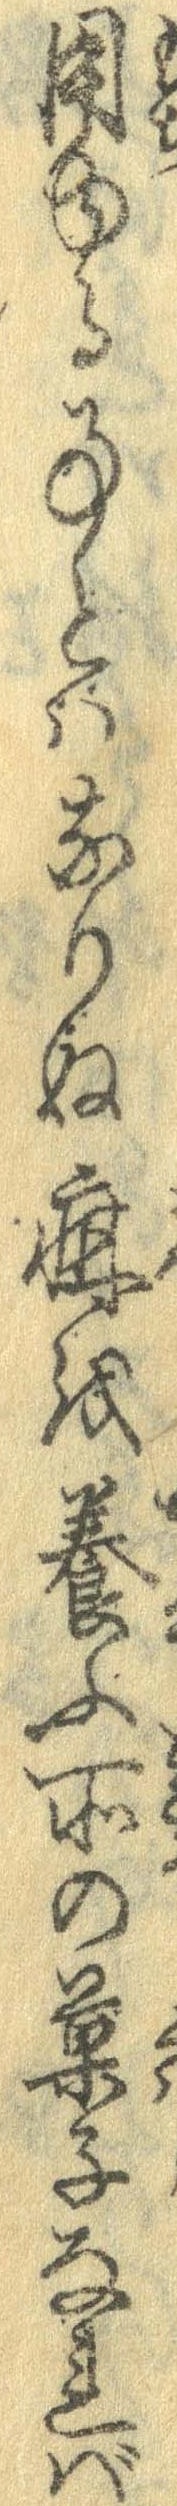
用ゆる事とはなりぬ疳を養ふ所の菓子なれば